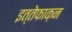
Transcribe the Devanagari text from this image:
इत्तेफाक़न